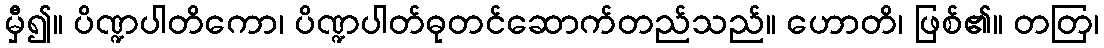
မှီ၍။ ပိဏ္ဍပါတိကော၊ ပိဏ္ဍပါတ်ဓုတင်ဆောက်တည်သည်။ ဟောတိ၊ ဖြစ်၏။ တတြ၊